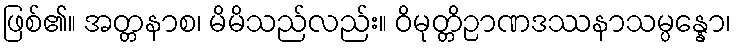
ဖြစ်၏။ အတ္တနာစ၊ မိမိသည်လည်း။ ဝိမုတ္တိဉာဏဒဿနာသမ္ပန္နော၊